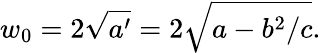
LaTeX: w_{0}=2\sqrt{a^{\prime}}=2\sqrt{a-b^{2}/c}.